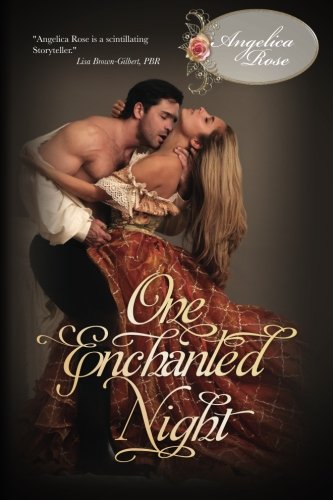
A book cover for One Enchanted Night; Angelica Rose; Romance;